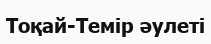
Тоқай-Темір әулеті